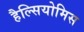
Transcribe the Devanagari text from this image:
हैल्सियोमिस